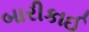
બારીકાઈ